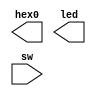
module Proje_Pin
(
// {ALTERA_ARGS_BEGIN} DO NOT REMOVE THIS LINE!

	hex0,
	led,
	sw
// {ALTERA_ARGS_END} DO NOT REMOVE THIS LINE!

);

// {ALTERA_IO_BEGIN} DO NOT REMOVE THIS LINE!
output	[6:0]	hex0;
output	[9:0]	led;
input	[9:0]	sw;

// {ALTERA_IO_END} DO NOT REMOVE THIS LINE!
// {ALTERA_MODULE_BEGIN} DO NOT REMOVE THIS LINE!
// {ALTERA_MODULE_END} DO NOT REMOVE THIS LINE!
endmodule